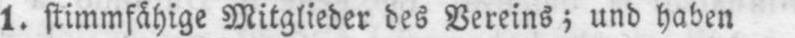
1. stimmfähige Mitglieder des Vereins; und haben